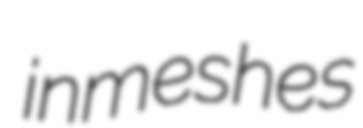
inmeshes